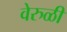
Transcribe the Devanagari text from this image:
वेरुळी